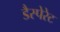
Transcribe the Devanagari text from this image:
डैस्पेरेट